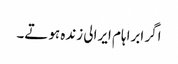
اگر ابراہام ایرالی زندہ ہوتے۔